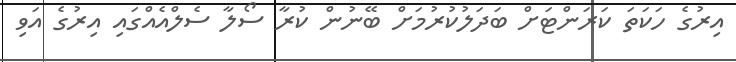
އިރުގެ ހަކަތަ ކަރަންޓަށް ބަދަލުކުރުމަށް ބޭނުން ކުރާ ސޯލާ ސެލްއެއްގައި އިރުގެ އަވި